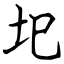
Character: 圯